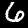
Digit: 6